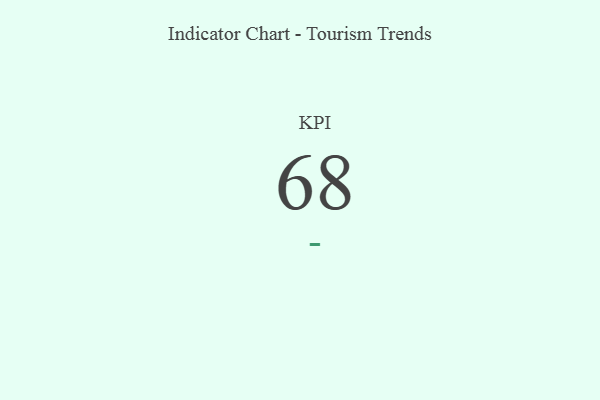
{"axis": {"x": "KPI", "y": "Value"}, "legend": [""], "data": [{"x": "KPI", "y": 68, "type": ""}]}